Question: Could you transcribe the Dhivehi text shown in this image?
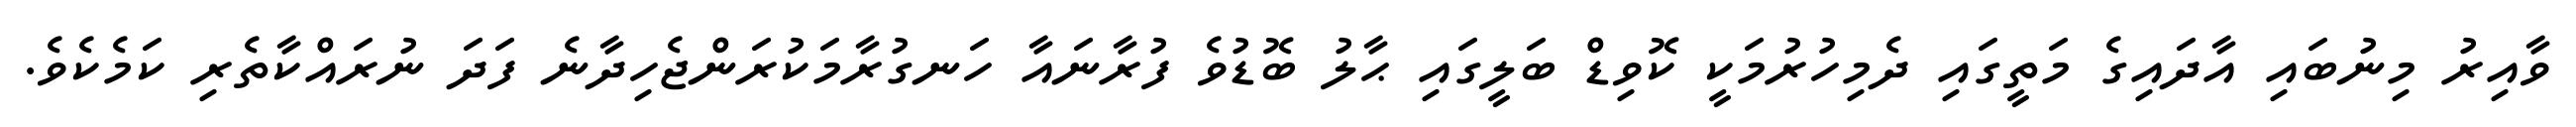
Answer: ވާއިރު މިނުބައި އާދައިގެ މަތީގައި ދެމިހުރުމަކީ ކޮވިޑް ބަލީގައި ޙާލު ބޮޑުވެ ފުރާނައާ ހަނގުރާމަކުރަންޖެހިދާނެ ފަދަ ނުރައްކާތެރި ކަމެކެވެ.